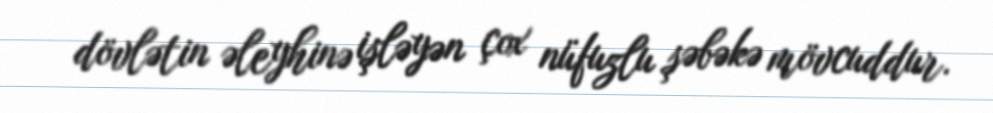
dövlətin əleyhinə işləyən çox nüfuzlu şəbəkə mövcuddur.